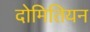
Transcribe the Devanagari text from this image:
दोमितियन